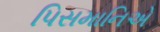
પિસમાનિએ